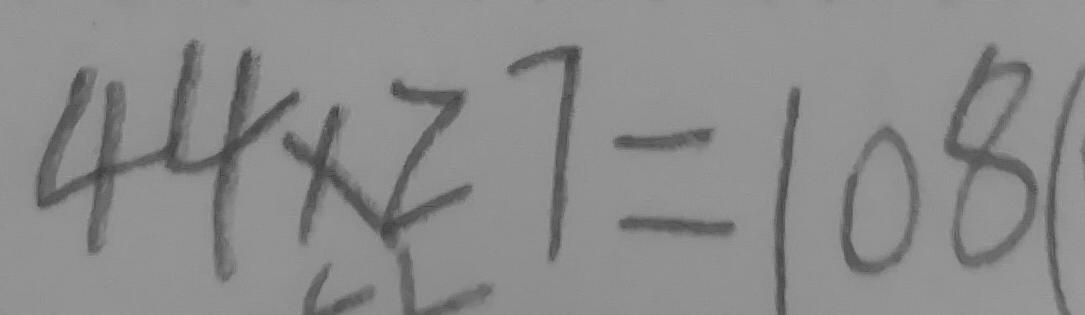
4 4 \times 2 7 = 1 0 8 1